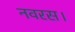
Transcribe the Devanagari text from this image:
नवरस।